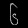
Digit: ၆